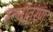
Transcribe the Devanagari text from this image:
रूपातरण